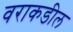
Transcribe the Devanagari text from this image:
वराकडील